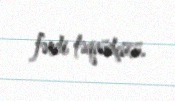
fərdi təqaüdçüsü.